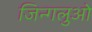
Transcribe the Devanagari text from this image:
जिन्गलुओ